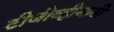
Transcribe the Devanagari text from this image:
टीजीव्हीसाठी